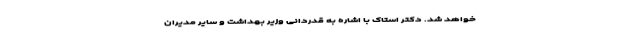
خواهد شد. دکتر استاک با اشاره به قدردانی وزیر بهداشت و سایر مدیران